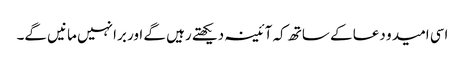
اسی امید و دعا کے ساتھ کہ آئینہ دیکھتے رہیں گے اور برا نہیں مانیں گے۔